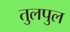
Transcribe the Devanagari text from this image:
तुलपुल